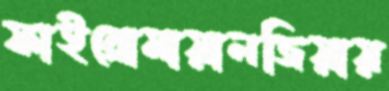
ফাইব্রোমায়ালজিয়ায়